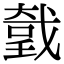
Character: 𢧤